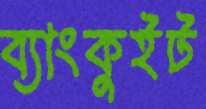
ব্যাংকুইট